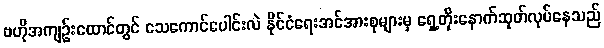
ဗဟိုအကျဉ်းထောင်တွင် သေကောင်ပေါင်းလဲ နိုင်ငံရေးအင်အားစုများမှ ရှေ့တိုးနောက်ဆုတ်လုပ်နေသည်